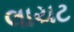
લાયટ